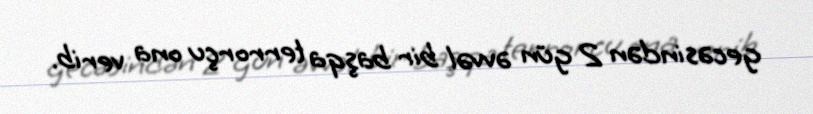
gecəsindən 2 gün əvvəl bir başqa terrorçu ona verib.